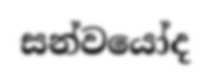
සන්වයෝද